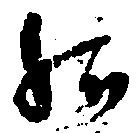
給